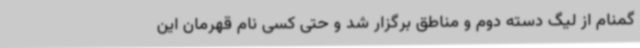
گمنام از لیگ دسته دوم و مناطق برگزار شد و حتی کسی نام قهرمان این